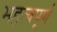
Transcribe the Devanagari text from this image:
भहत्वपूर्ण